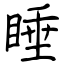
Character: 睡